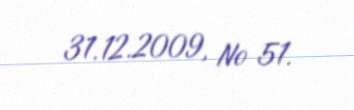
31.12.2009, № 51.